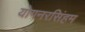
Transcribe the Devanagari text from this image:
योगनरसिंहम